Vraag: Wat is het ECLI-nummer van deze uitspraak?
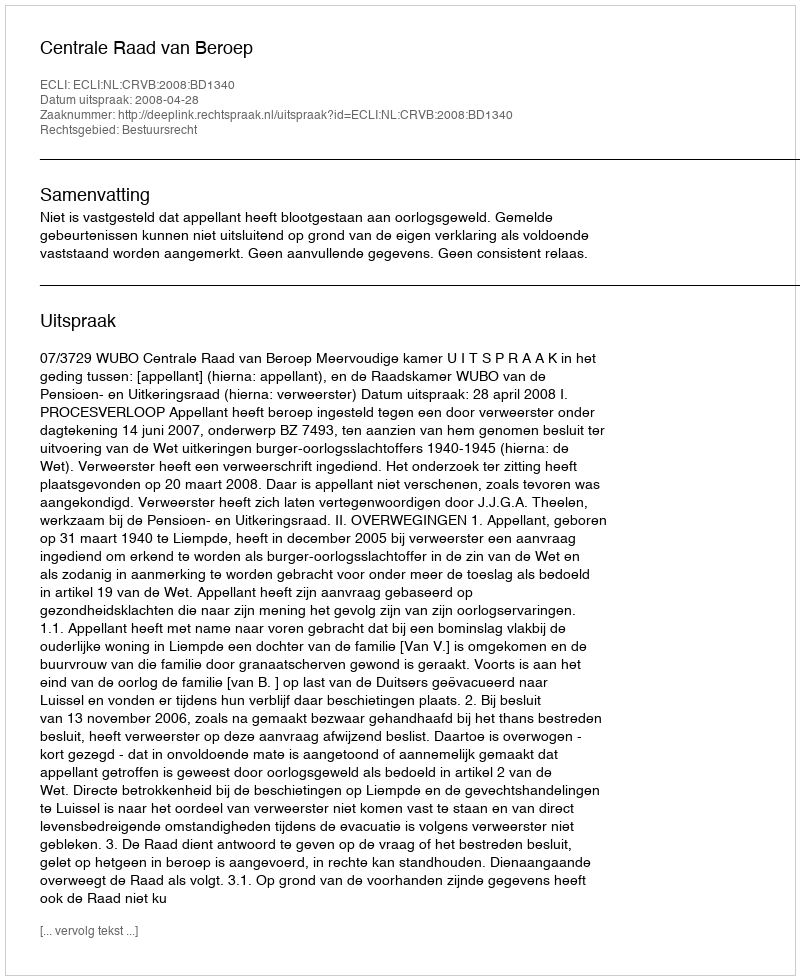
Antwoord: ECLI:NL:CRVB:2008:BD1340